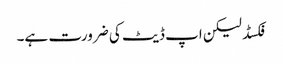
فکسڈ لیکن اپ ڈیٹ کی ضرورت ہے۔